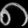
Digit: ၈